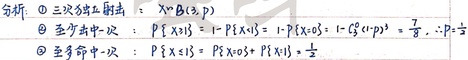
** 分析**
 \textcircled{1} 三次独立射击：\(X\sim B(3,p)\)
 \textcircled{2} 至少命中一次：\(P\{X\geqslant1\}=1 - P\{X = 0\}=1 - C_{3}^{0}(1 - p)^{3}=\frac{7}{8}\)，\(\therefore p = \)  （此处未显示完整）